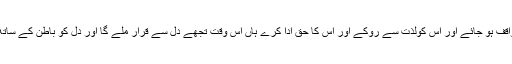
تیرے اندر کوئی خوبی نہیں یہاں تک کہ تو اپنے نفس سے واقف ہو جائے اور اس کولذت سے روکے اور اس کا حق ادا کرے ہاں اس وقت تجھے دل سے قرار ملے گا اور دل کو باطن کے ساتھ قرار ملے گا اور باطن کو اللہ تعالیٰ کے ساتھ قرار ملے گا۔